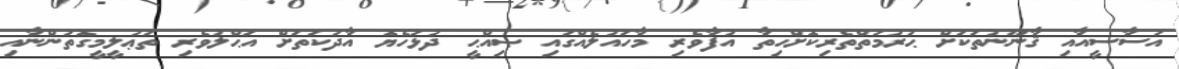
އަސާސީއާއި ޤާނޫނުތަކަށް ޙުރުމަތްތެރިކޮށްހިތާ އުފާވެރި މާހައުލެއްގައި ޞިއްޙީ ދުޅަހެޔޮ އާދަކަތަށް އަޙްލުވެރި ތަޢުލީމީގޮތުންނާއި